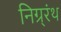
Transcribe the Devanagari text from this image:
निग्र्रंथ